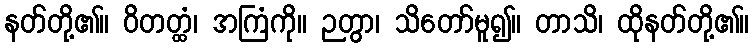
နတ်တို့၏။ ဝိတတ္ထံ၊ အကြံကို။ ဉတွာ၊ သိတော်မူ၍။ တာသိ၊ ထိုနတ်တို့၏။